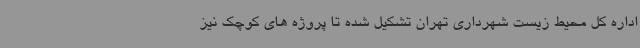
اداره کل محیط زیست شهرداری تهران تشکیل شده تا پروژه های کوچک نیز